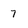
Character: 7